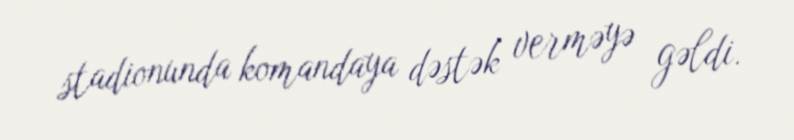
stadionunda komandaya dəstək verməyə gəldi.